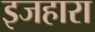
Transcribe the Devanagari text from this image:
इजहारा